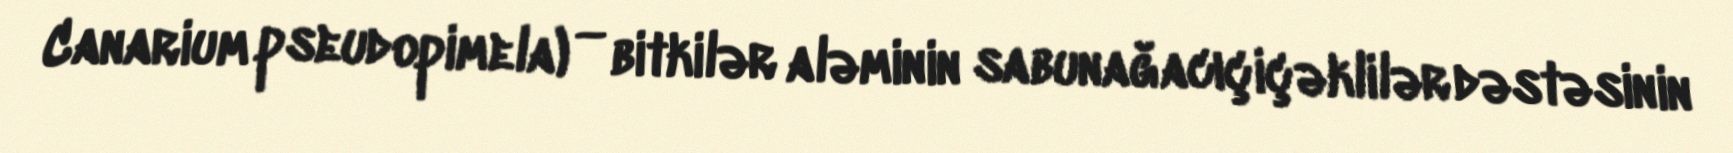
Canarium pseudopimela) — bitkilər aləminin sabunağacıçiçəklilər dəstəsinin